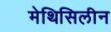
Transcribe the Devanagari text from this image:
मेथिसिलीन